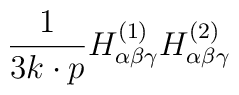
{1\over 3 k\cdot p} H^{(1)}_{\alpha\beta\gamma} H^{(2)}_{\alpha\beta\gamma}